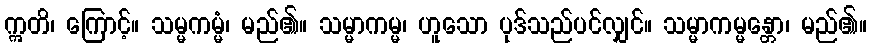
ဣတိ၊ ကြောင့်။ သမ္မကမ္မံ၊ မည်၏။ သမ္မာကမ္မ၊ ဟူသော ပုဒ်သည်ပင်လျှင်။ သမ္မာကမ္မန္တော၊ မည်၏။